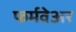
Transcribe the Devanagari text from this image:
फर्मवेअर